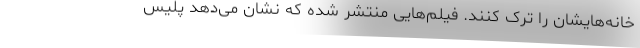
خانه‌هایشان را ترک کنند. فیلم‌هایی منتشر شده که نشان می‌دهد پلیس